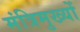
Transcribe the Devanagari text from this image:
मंत्रिमुख्यों